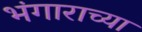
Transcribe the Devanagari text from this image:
भंगाराच्या